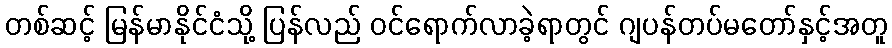
တစ်ဆင့် မြန်မာနိုင်ငံသို့ ပြန်လည် ဝင်ရောက်လာခဲ့ရာတွင် ဂျပန်တပ်မတော်နှင့်အတူ